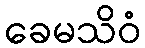
ခေမသိဝံ